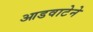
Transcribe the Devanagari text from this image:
आडवाटेने